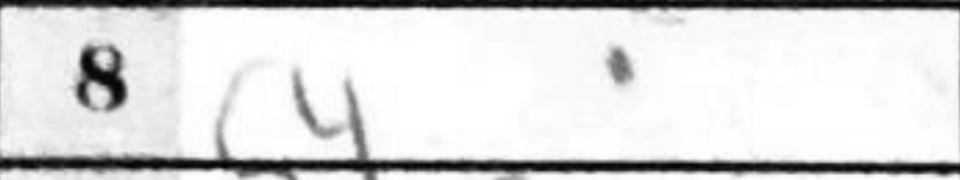
Transcription: c4